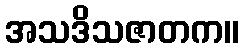
အသဒိသဇာတက။